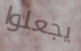
يجعلوا